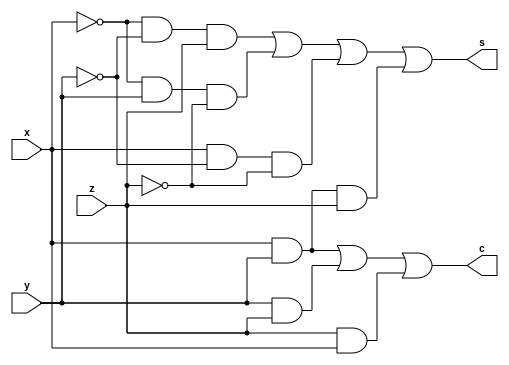
// full adder type 3 (type I' from Pezaris)
// three negated inputs
module fullAdderType3 (
    input wire x,   // negated input
    input wire y,   // negated input
    input wire z,   // negated input
    output wire s,
    output wire c
    );

assign s = (~x & ~y & z) | (~x & y & ~z) | (x & ~y & ~z) | (x & y & z);
assign c = (x & y) | (y & z) | (z & x);

endmodule